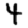
Digit: 4